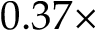
0 . 3 7 \times